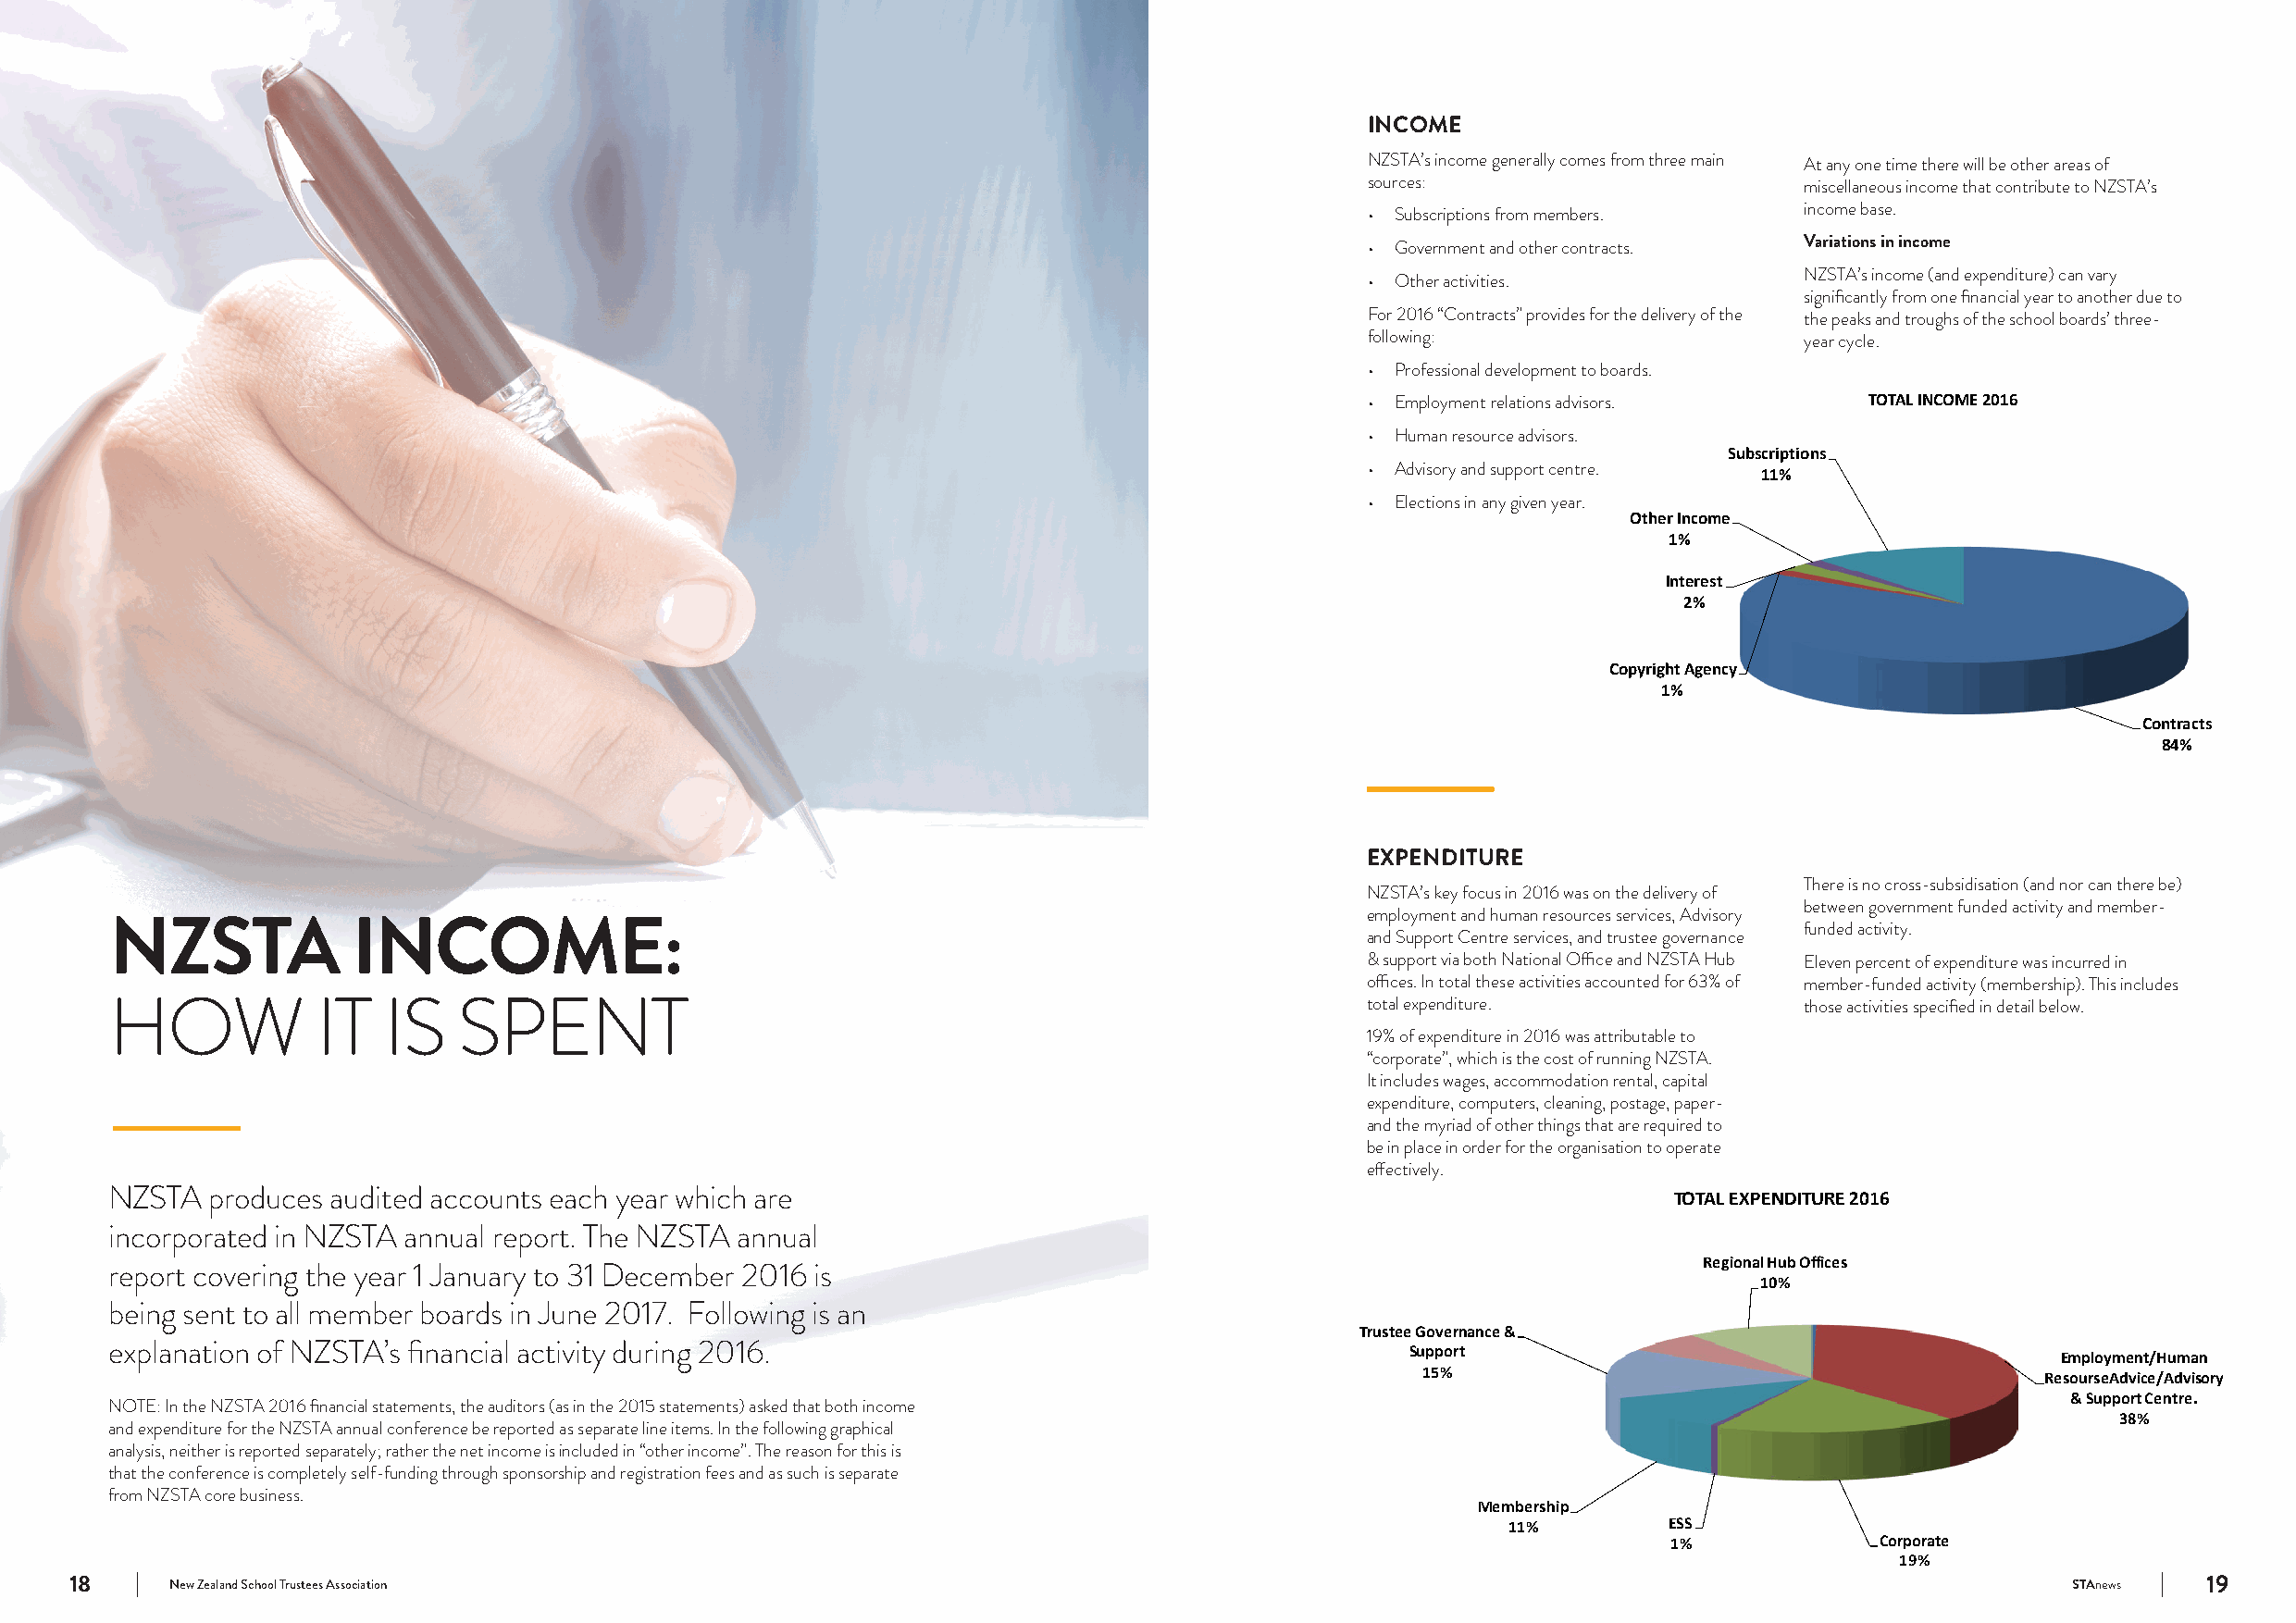
INCOME
 NZSTA’s income generally comes from three main At any one time there will be other areas of
 sources:                       miscellaneous income that contribute to NZSTA’s
 income base.
 • Subscriptions from members.
 • Government and other contracts. Variations in income
 NZSTA’s income (and expenditure) can vary
 • Other activities.
 significantly from one financial year to another due to
 For 2016 “Contracts” provides for the delivery of the the peaks and troughs of the school boards’ three-
 following:                     year cycle.
 • Professional development to boards.
 • Employment relations advisors.    TOTAL INCOME 2016
 • Human resource advisors.
 Subscriptions
 • Advisory and support centre.
 11%
 • Elections in any given year.
 Other Income
 1%
 Interest
 2%
 Copyright Agency
 1%
 Contracts
 84%
 EXPENDITURE
 There is no cross-subsidisation (and nor can there be)
 NZSTA’s key focus in 2016 was on the delivery of
 between government funded activity and member-
 employment and human resources services, Advisory
 NZSTA            INCOME:                                                                                                 funded activity.
 and Support Centre services, and trustee governance
 & support via both National Office and NZSTA Hub Eleven percent of expenditure was incurred in
 offices. In total these activities accounted for 63% of member-funded activity (membership). This includes
 HOW            IT  IS    SPENT                                                            total expenditure.             those activities specified in detail below.
 19% of expenditure in 2016 was attributable to
 “corporate”, which is the cost of running NZSTA.
 It includes wages, accommodation rental, capital
 expenditure, computers, cleaning, postage, paper-
 and the myriad of other things that are required to
 be in place in order for the organisation to operate
 effectively.
 NZSTA  produces audited accounts each year which are                                                            TOTAL EXPENDITURE 2016
 incorporated in NZSTA annual report. The NZSTA annual
 Regional Hub Offices
 report covering the year 1 January to 31 December 2016 is
 10%
 being sent to all member boards in June 2017. Following is an
 Trustee Governance &
 explanation of NZSTA’s financial activity during 2016.                                       Support
 Employment/Human
 15%                                         ResourseAdvice/Advisory
 & Support Centre.
 NOTE: In the NZSTA 2016 financial statements, the auditors (as in the 2015 statements) asked that both income
 38%
 and expenditure for the NZSTA annual conference be reported as separate line items. In the following graphical
 analysis, neither is reported separately; rather the net income is included in “other income”. The reason for this is
 that the conference is completely self-funding through sponsorship and registration fees and as such is separate
 from NZSTA core business.
 Membership
 11%        ESS
 1%             Corporate
 19%
 18     New Zealand School Trustees Association                                                                                                 STAnews   19